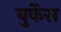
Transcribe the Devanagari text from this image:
बुर्केस